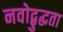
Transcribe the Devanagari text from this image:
नवोद्बुद्धता